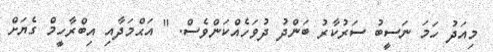
މިއަދު ހަމަ ނަސީބު ސަރުކާރު ބަންދު ދުވަހެއްކަންވެސް. " އަޙްމަދާއި އިބްރާހީމް ގެޔަށް